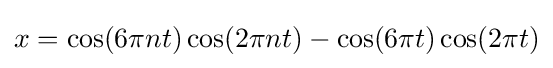
x=\cos(6\pi nt)\cos(2\pi nt)-\cos(6\pi t)\cos(2\pi t)